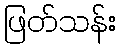
ဖြတ်သန်း